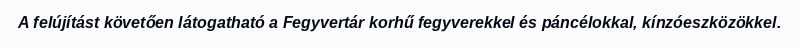
A felújítást követően látogatható a Fegyvertár korhű fegyverekkel és páncélokkal, kínzóeszközökkel.